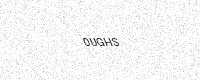
Text: 0UGHS